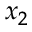
x _ { 2 }